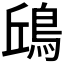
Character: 𩿨